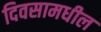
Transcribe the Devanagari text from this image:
दिवसामधील